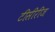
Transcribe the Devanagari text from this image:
टीसीरीज